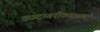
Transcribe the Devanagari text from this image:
कादम्बरीकथासार